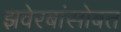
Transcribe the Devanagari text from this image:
झवेरबांसोबत